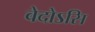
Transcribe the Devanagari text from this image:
वेदोऽसि